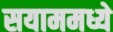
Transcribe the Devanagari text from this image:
सयाममध्ये